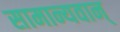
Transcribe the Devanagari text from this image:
सामान्यवान्